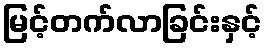
မြင့်တက်လာခြင်းနှင့်